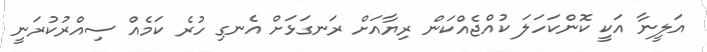
އަލީނާ އަކީ ކޮންކަހަލަ ކުއްޖެއްކަން ރިޔާއަށް ރަނގަޅަށް އެނގި ހުރެ ކަމެއް ސިއްރުކުރަނީ